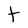
Character: t